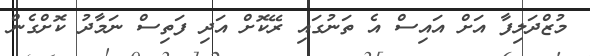
މުޒްދަލިފާ އަށް އައިސް އެ ތަނުގައި ރޭކޮށް އަދި ފަތިސް ނަމާދު ކޮށްގެން